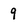
Character: 9